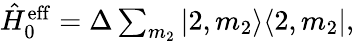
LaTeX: \begin{array}{r}{\hat{H}_{0}^{\mathrm{eff}}=\Delta\sum_{m_{2}}|2,m_{2}\rangle\langle 2,m_{2}|,}\end{array}